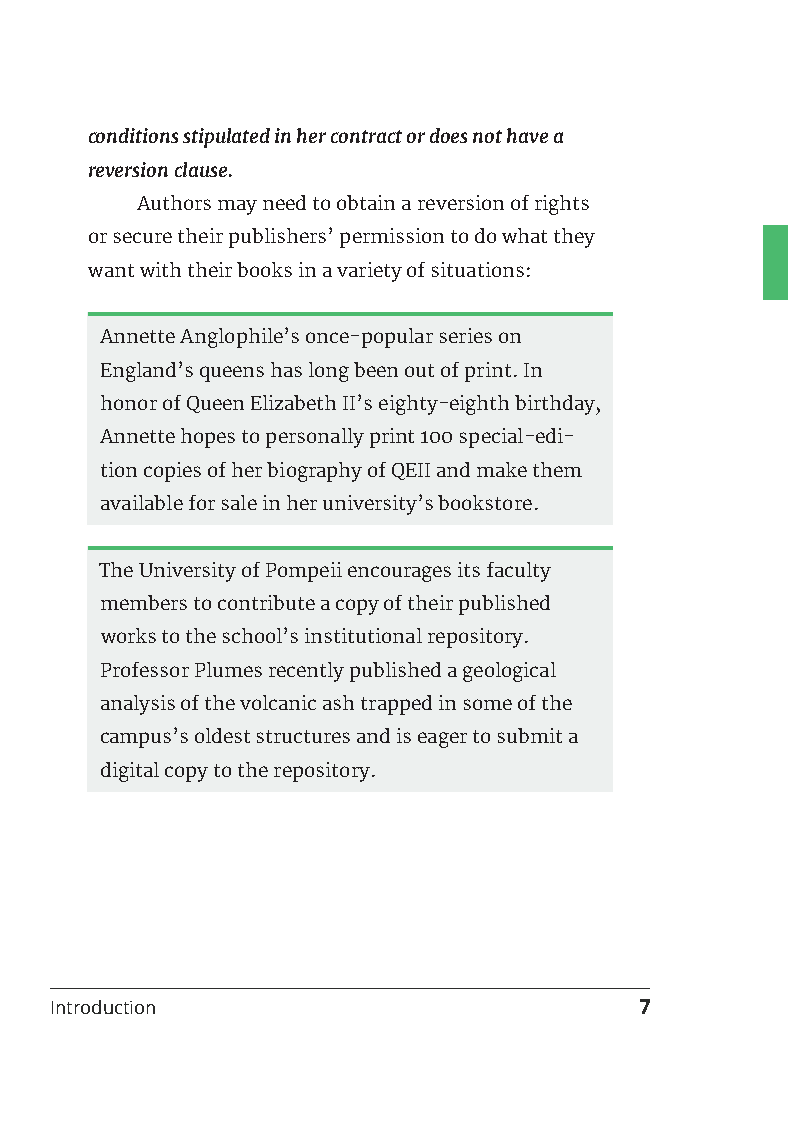
conditions stipulated in her contract or does not have a
 reversion clause.
 Authors may need to obtain a reversion of rights
 or secure their publishers’ permission to do what they
 want with their books in a variety of situations:
 Annette Anglophile’s once-popular series on
 England’s queens has long been out of print. In
 honor of Queen Elizabeth II’s eighty-eighth birthday,
 Annette hopes to personally print 100 special-edi-
 tion copies of her biography of QEII and make them
 available for sale in her university’s bookstore.
 The University of Pompeii encourages its faculty
 members to contribute a copy of their published
 works to the school’s institutional repository.
 Professor Plumes recently published a geological
 analysis of the volcanic ash trapped in some of the
 campus’s oldest structures and is eager to submit a
 digital copy to the repository.
 Introduction                           7